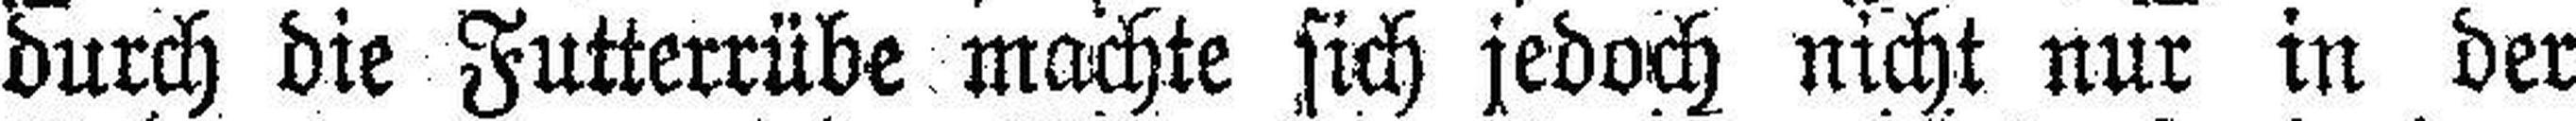
durch die Futterrübe machte sich jedoch nicht nur in der